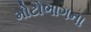
મોટોભાગના